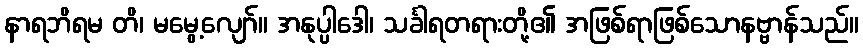
နာရဘိရမ တိ၊ မမွေ့လျော်။ အနုပ္ပါဒေါ၊ သင်္ခါရတရားတို့၏ အဖြစ်ရာဖြစ်သောနဗ္ဗာန်သည်။